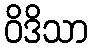
ဝိဒိသာ